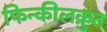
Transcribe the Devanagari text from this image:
फिन्कीलक्रुत